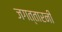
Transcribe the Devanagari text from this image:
जगत्तारनी